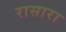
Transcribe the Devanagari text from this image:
रासारा